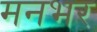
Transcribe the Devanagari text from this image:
मनभर